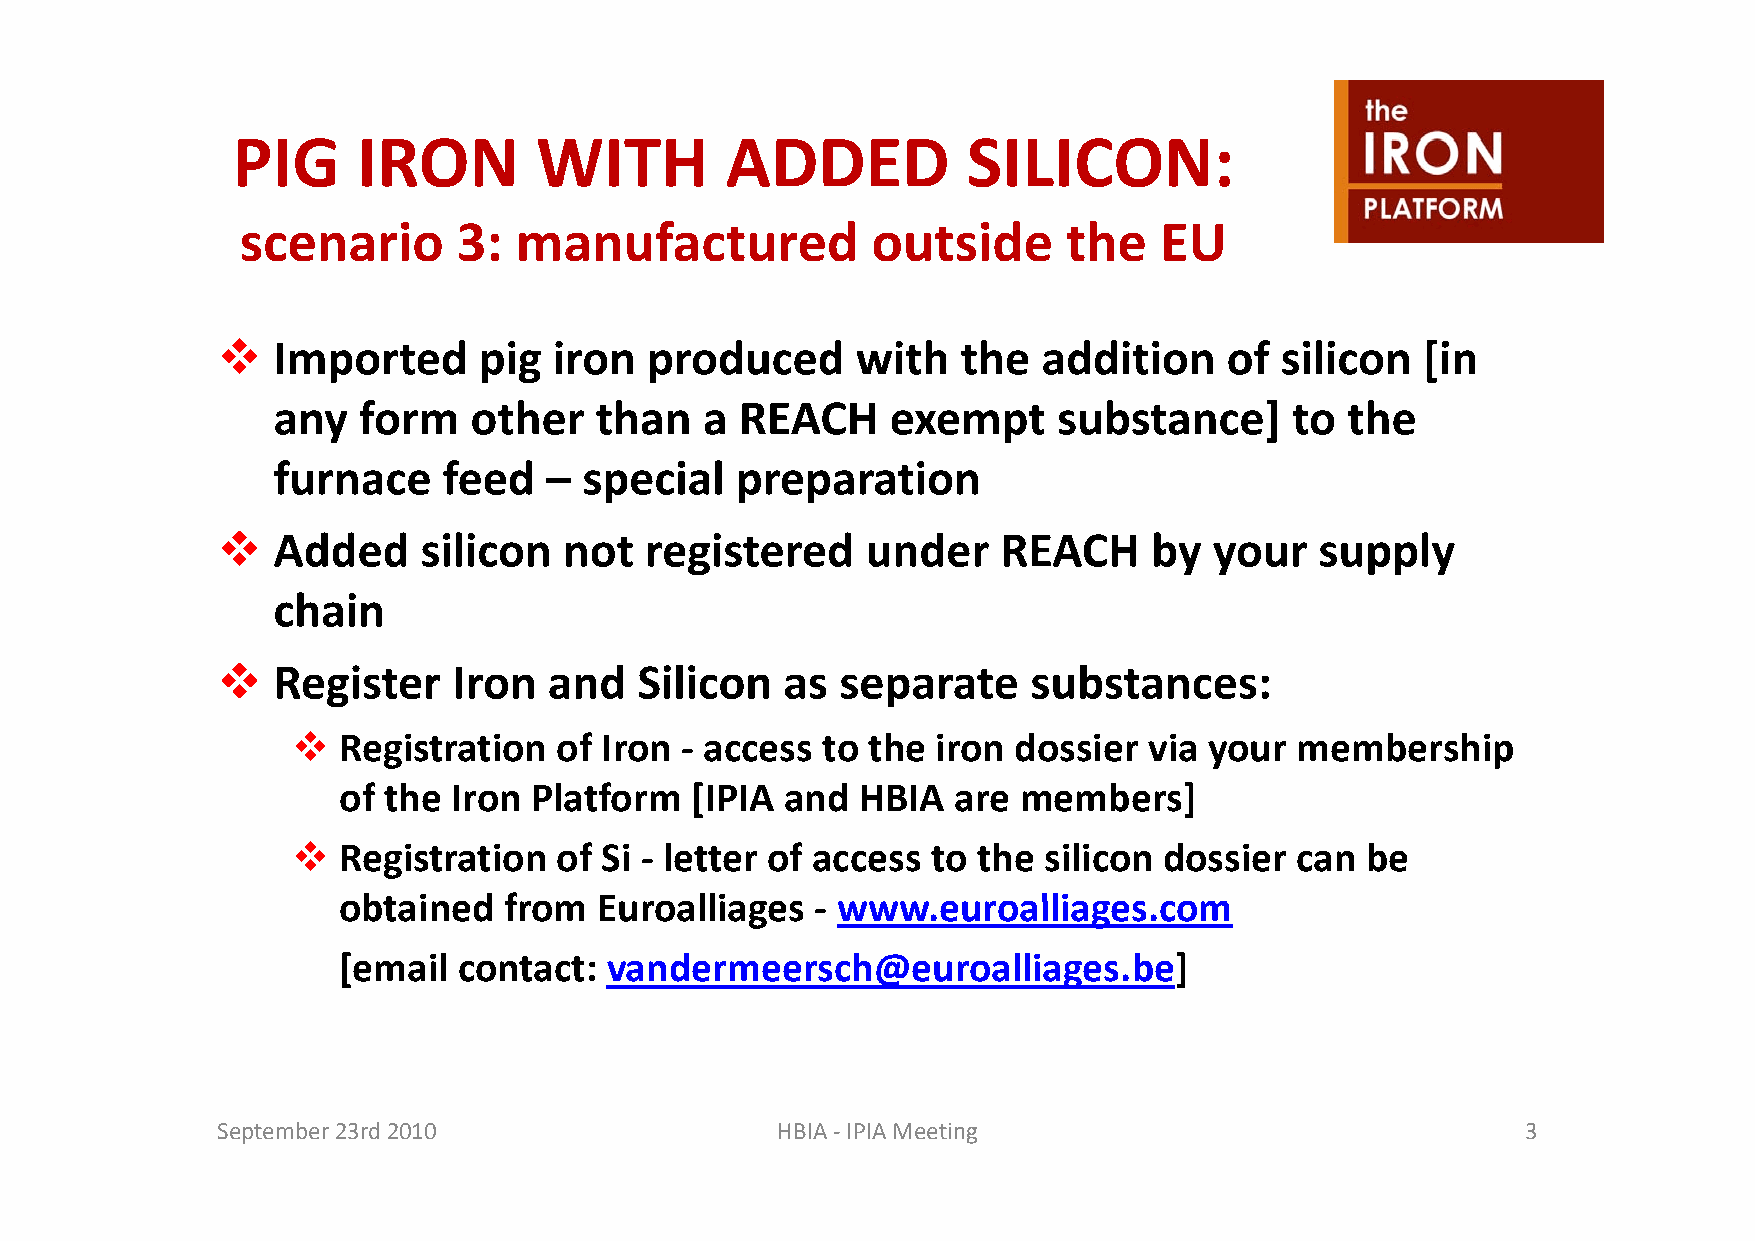
PIG      IRON       WITH         ADDED           SILICON:
 scenario      3:  manufactured            outside      the   EU
   Imported      pig  iron  produced      with   the  addition    of  silicon  [in
 any   form   other   than    a REACH     exempt     substance]      to the
 ffuurrnnaaccee ffeeeedd –– ssppeecciiaall pprreeppaarraattiioonn
    Added     silicon  not   registered    under    REACH     by  your   supply
 cchhaaiinn
    Register    Iron  and   Silicon   as  separate    substances:
   Reeggissttraattioon oof Iroon ‐ aacccceessss ttoo tthee iroon ddoossssieer viaa yyoouur meembbeersshipp
 of the  Iron Platform   [IPIA and  HBIA  are members]
   Registration   of Si ‐ letter of access to the silicon dossier  can be
 oobbttaaiinneedd ffrroomm EEuurrooaalllliiaaggeess ‐ wwwwww.eeuurrooaalllliiaaggeess.ccoomm
 [email  contact:  vandermeersch@euroalliages.be]
 September 23rd 2010                  HBIA ‐IPIA Meeting                                3